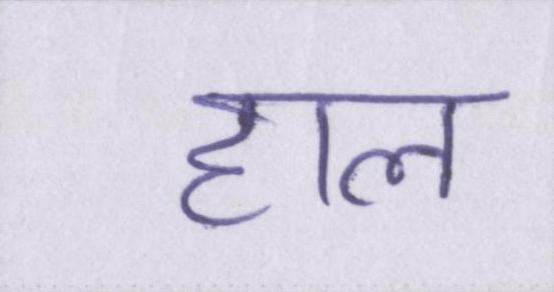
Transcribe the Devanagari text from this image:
हाल